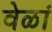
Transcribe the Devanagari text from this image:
वेळां